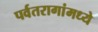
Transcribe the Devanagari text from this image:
पर्वतरागांमध्ये